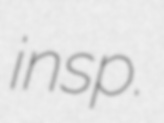
insp.